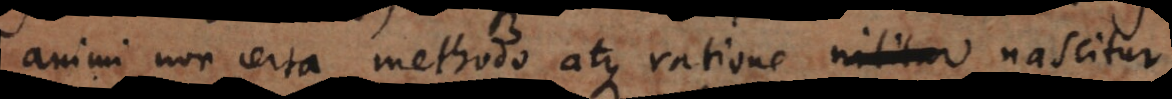
animi non certa methodo atque ratione nascitur